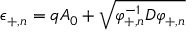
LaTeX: \epsilon _ { + , n } = q A _ { 0 } + \sqrt { \varphi _ { + , n } ^ { - 1 } D \varphi _ { + , n } }